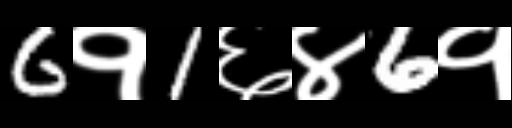
Text: 6१1६४6१